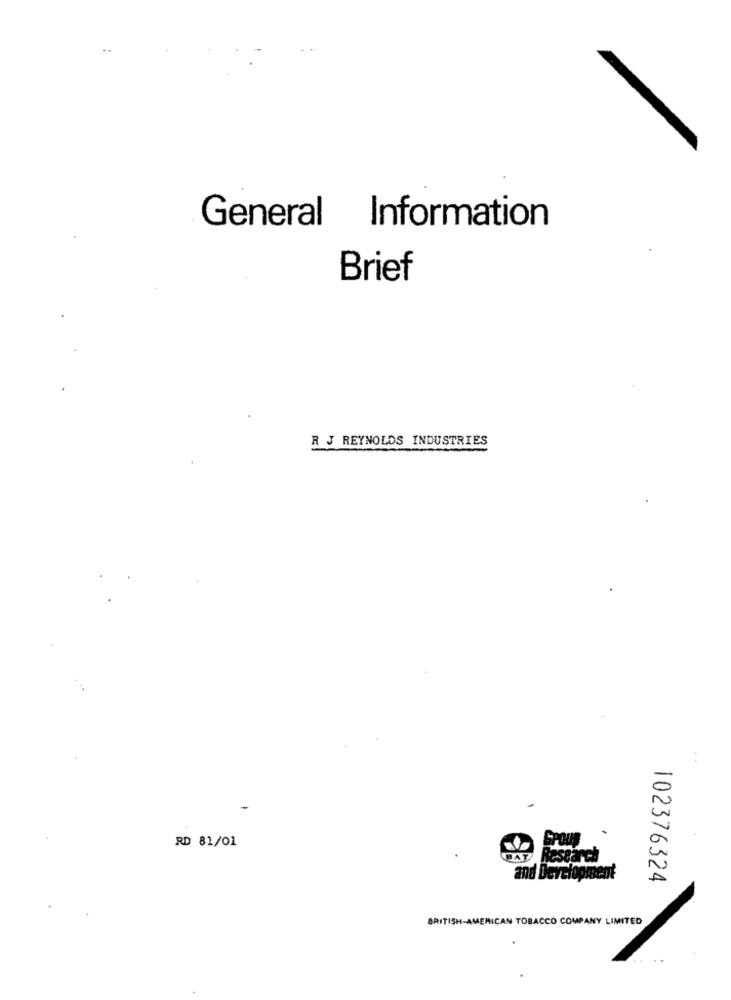
..
General Information
Brief
R J REYNOLDS INDUSTRIES
-
RD 81/01
Research
and Development
102376324
BRITISH-AMERICAN TOBACCO COMPANY LIMITED